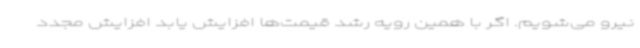
نیرو می‌شویم. اگر با همین رویه رشد قیمت‌ها افزایش یابد افزایش مجدد